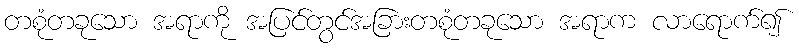
တစုံတခုသော အရာကို အပြင်တွင်အခြားတစုံတခုသော အရာက လာရောက်၍